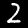
Digit: 2